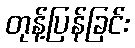
တုန့်ပြန်ခြင်း